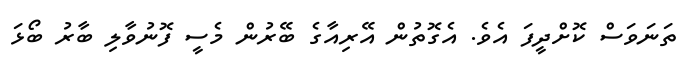
ތަނަވަސް ކޮށްދީފަ އެވެ. އެގޮތުން އޭރިއާގެ ބޭރުން މެސީ ފޮނުވާލި ބާރު ބޯޅަ